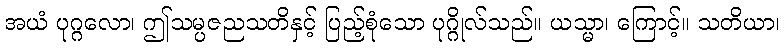
အယံ ပုဂ္ဂလော၊ ဤသမ္ပဇညသတိနှင့် ပြည့်စုံသော ပုဂ္ဂိုလ်သည်။ ယသ္မာ၊ ကြောင့်။ သတိယာ၊